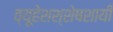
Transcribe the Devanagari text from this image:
व्यूहेशश्शेषशायी